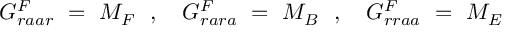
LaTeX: G _ { r a a r } ^ { F } \ = \ M _ { F } \ \ , \ \ \ G _ { r a r a } ^ { F } \ = \ M _ { B } \ \ , \ \ \ G _ { r r a a } ^ { F } \ = \ M _ { E }